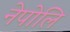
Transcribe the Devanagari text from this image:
नेपोलि